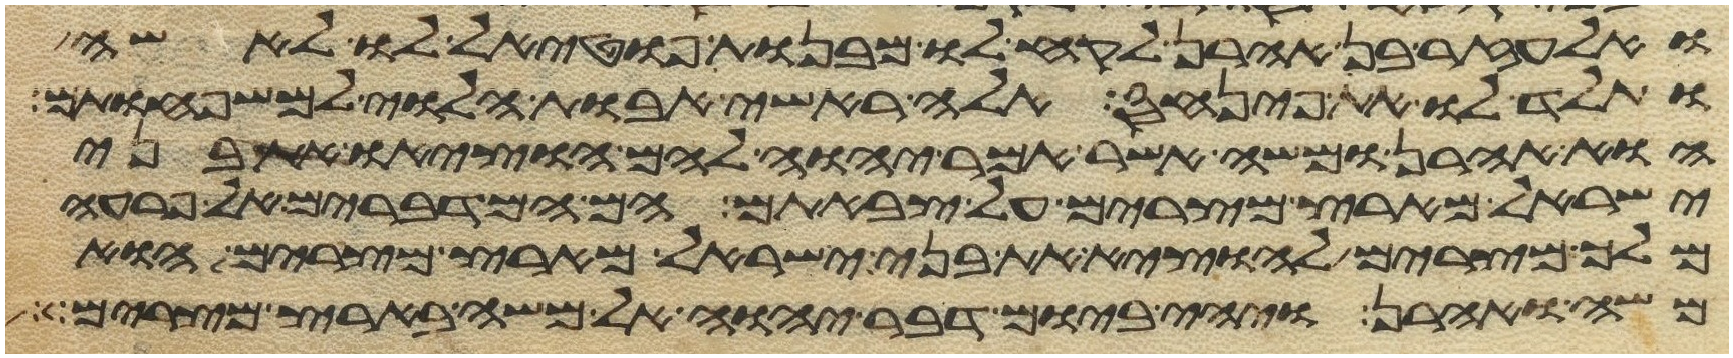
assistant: ואלעזר בן אהרן לקח לו מבנות פוטאל לו לאשה
ותלד לו את פינחס אלה ראשי אבות הלוי למשפחותם
הוא אהרן ומשה אשר אמר יהוה להם הוציאו את בני
ישראל מארץ מצרים על צבאתם הם המדברים אל פרעה
מלך מצרים להוציא את בני ישראל מארץ מצרים הוא
משה ואהרן ויהי ביום דבר יהוה אל משה בארץ מצרים